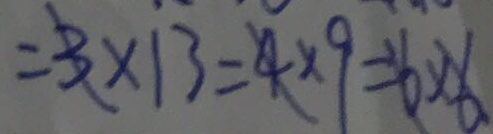
= 3 \times 1 3 = 4 \times 9 = 6 \times 6